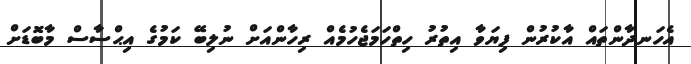
އެހަނދާންތައް އާކުރުން ފިޔަވާ އިތުރު ހިތްހަމަޖެހުމެއް ރިހާންއަށް ނުލިބޭ ކަމުގެ އިޙްސާސް މާބޮޑަށް